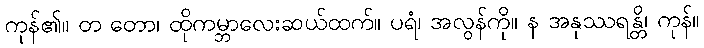
ကုန်၏။ တ တော၊ ထိုကမ္ဘာလေးဆယ်ထက်။ ပရံ၊ အလွန်ကို။ န အနုဿရန္တိ၊ ကုန်။